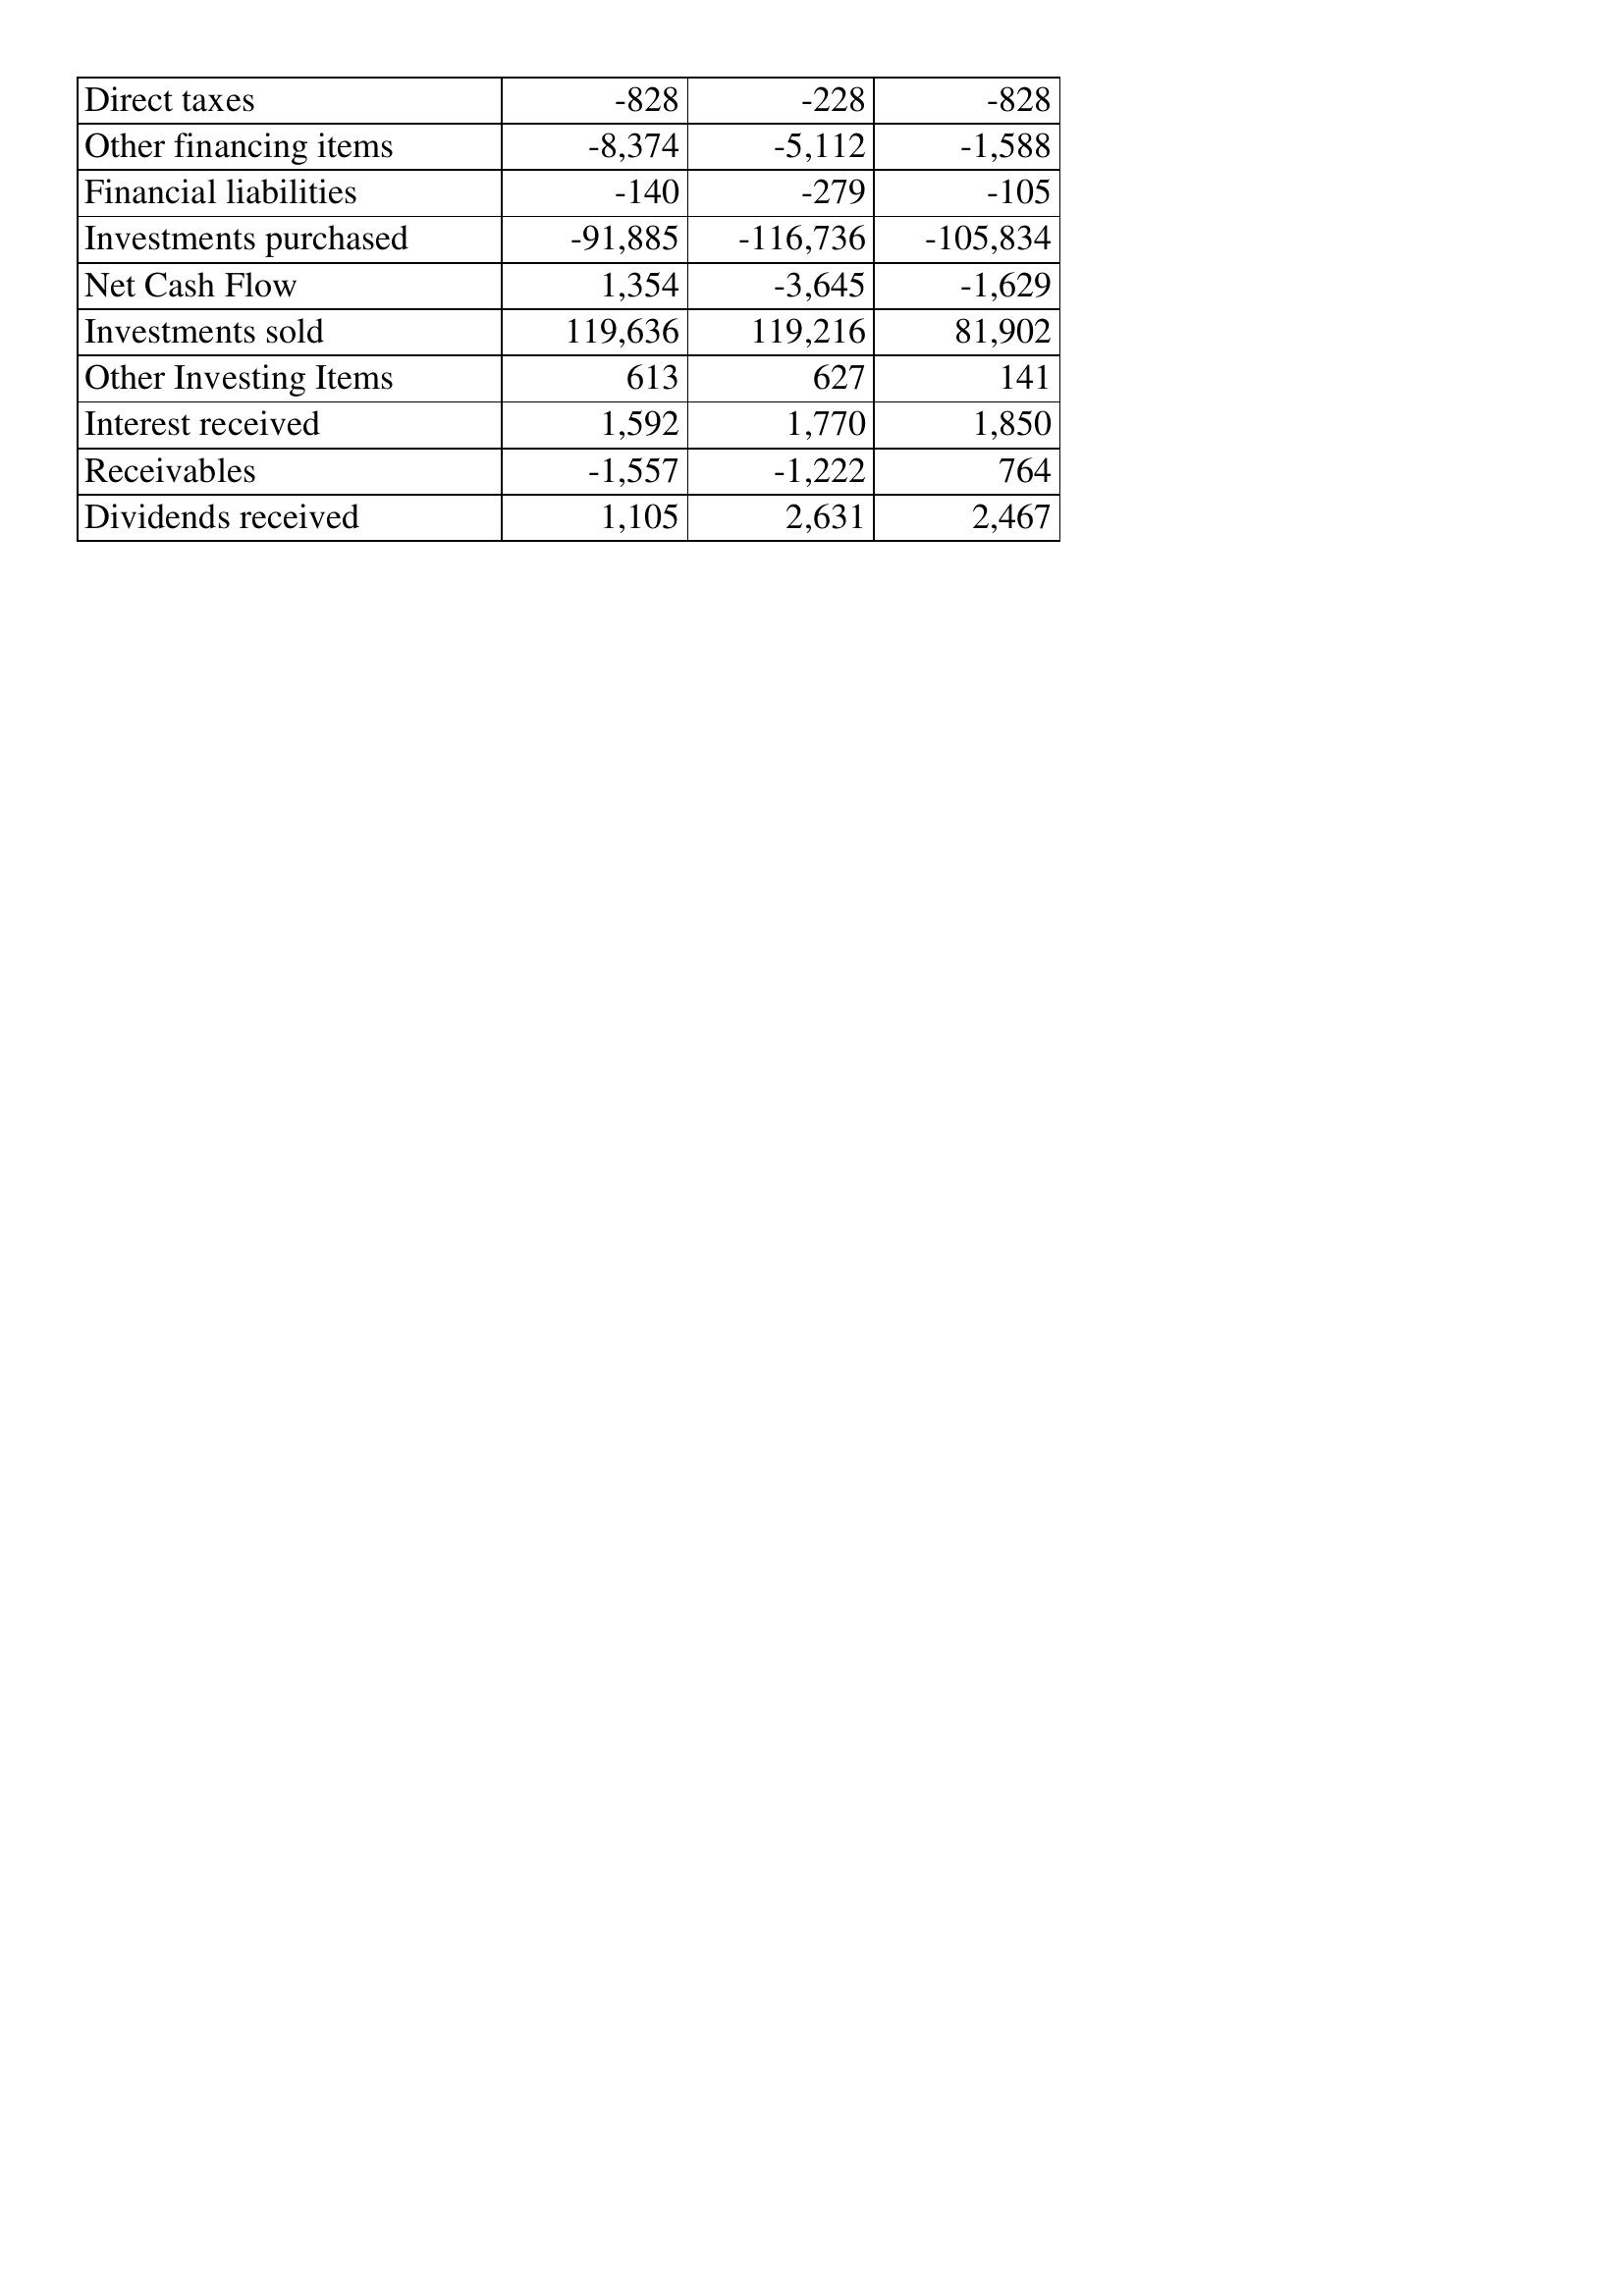
Apr-96: Cash Flows: Direct taxes: -828
Other financing items: -8,374
Financial liabilities: -140
Investments purchased: -91,885
Net Cash Flow: 1,354
Investments sold: 119,636
Other Investing Items: 613
Interest received: 1,592
Receivables: -1,557
Dividends received: 1,105
Apr-95: Cash Flows: Direct taxes: -228
Other financing items: -5,112
Financial liabilities: -279
Investments purchased: -116,736
Net Cash Flow: -3,645
Investments sold: 119,216
Other Investing Items: 627
Interest received: 1,770
Receivables: -1,222
Dividends received: 2,631
Apr-94: Cash Flows: Direct taxes: -828
Other financing items: -1,588
Financial liabilities: -105
Investments purchased: -105,834
Net Cash Flow: -1,629
Investments sold: 81,902
Other Investing Items: 141
Interest received: 1,850
Receivables: 764
Dividends received: 2,467